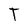
Character: T